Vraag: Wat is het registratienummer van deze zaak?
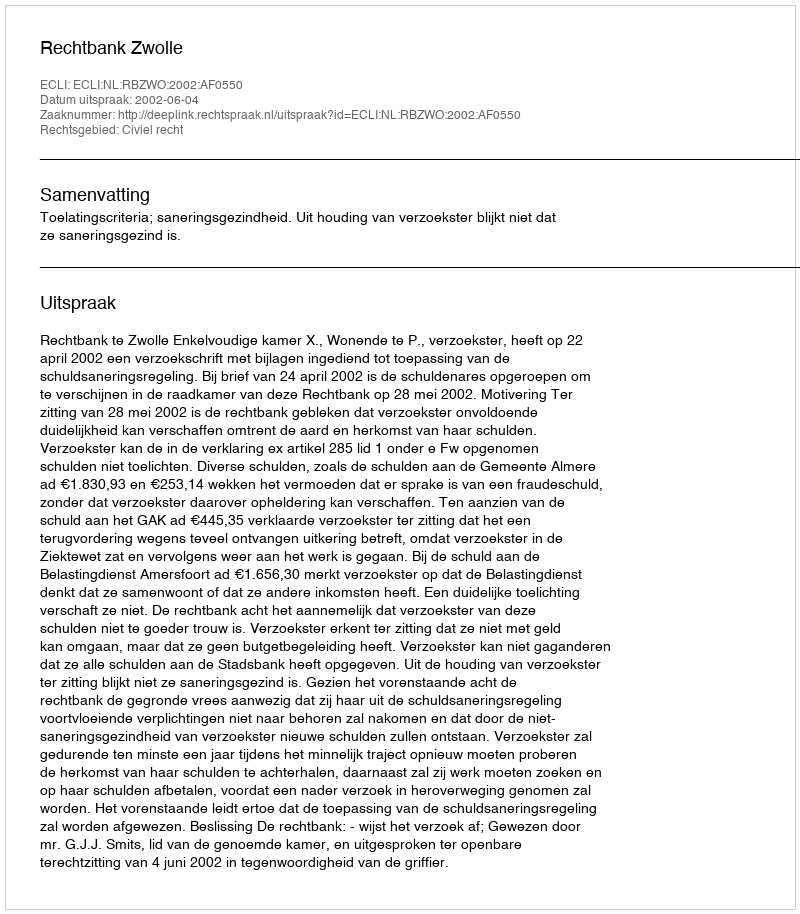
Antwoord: http://deeplink.rechtspraak.nl/uitspraak?id=ECLI:NL:RBZWO:2002:AF0550